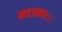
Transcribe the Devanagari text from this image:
महात्मनः।।